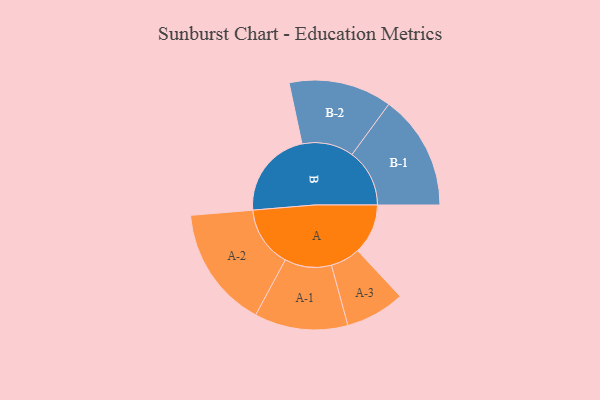
{"axis": {"x": "Segment", "y": "Value"}, "legend": ["", "A", "B"], "data": [{"x": "A", "y": 227, "type": ""}, {"x": "B", "y": 400, "type": ""}, {"x": "A-1", "y": 211, "type": "A"}, {"x": "A-2", "y": 275, "type": "A"}, {"x": "A-3", "y": 134, "type": "A"}, {"x": "B-1", "y": 260, "type": "B"}, {"x": "B-2", "y": 233, "type": "B"}]}